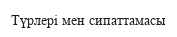
Түрлері мен сипаттамасы